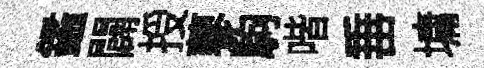
鑑闢授蓼駒喈𡸁墉